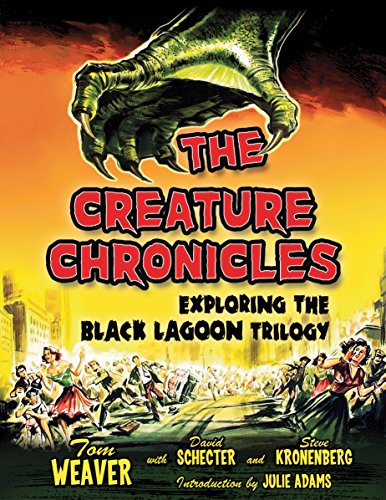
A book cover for The Creature Chronicles: Exploring the Black Lagoon Trilogy; Tom Weaver; Humor & Entertainment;